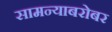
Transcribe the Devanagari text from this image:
सामन्याबरोबर